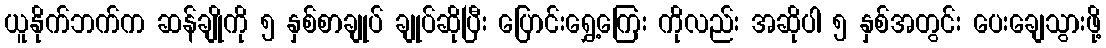
ယူနိုက်ဘက်က ဆန်ချိုကို ၅ နှစ်စာချုပ် ချုပ်ဆိုပြီး ပြောင်းရွှေ့ကြေး ကိုလည်း အဆိုပါ ၅ နှစ်အတွင်း ပေးချေသွားဖို့